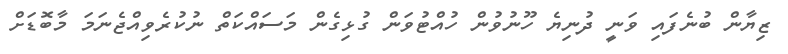
ޒިޔާން ބުނެފައި ވަނީ ދުނިޔެ ހޫނުވުން ހުއްޓުވަން ގުޅިގެން މަސައްކަތް ނުކުރެވިއްޖެނަމަ މާބޮޑަށް